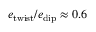
e _ { \mathrm { t w i s t } } / e _ { \mathrm { d i p } } \approx 0 . 6